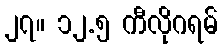
၂၇။ ၁၂.၅ ကီလိုဂရမ်